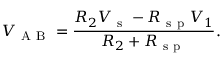
V _ { \mathrm { ~ A ~ B ~ } } = \frac { R _ { 2 } V _ { \mathrm { ~ s ~ } } - R _ { \mathrm { ~ s ~ p ~ } } V _ { 1 } } { R _ { 2 } + R _ { \mathrm { ~ s ~ p ~ } } } { . }